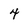
Character: 4